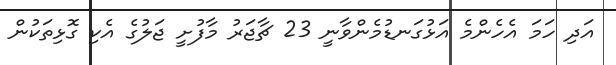
އަދި ހަމަ އެހެންމެ އަޅުގަނޑުމެންވާނީ 23 ޗާޖަރު މާފުށީ ޖަލުގެ އެކި ގޮޅިތަކުން